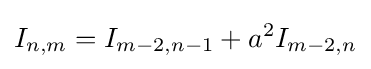
I_{n,m}=I_{m-2,n-1}+a^{2}I_{m-2,n}\,\!